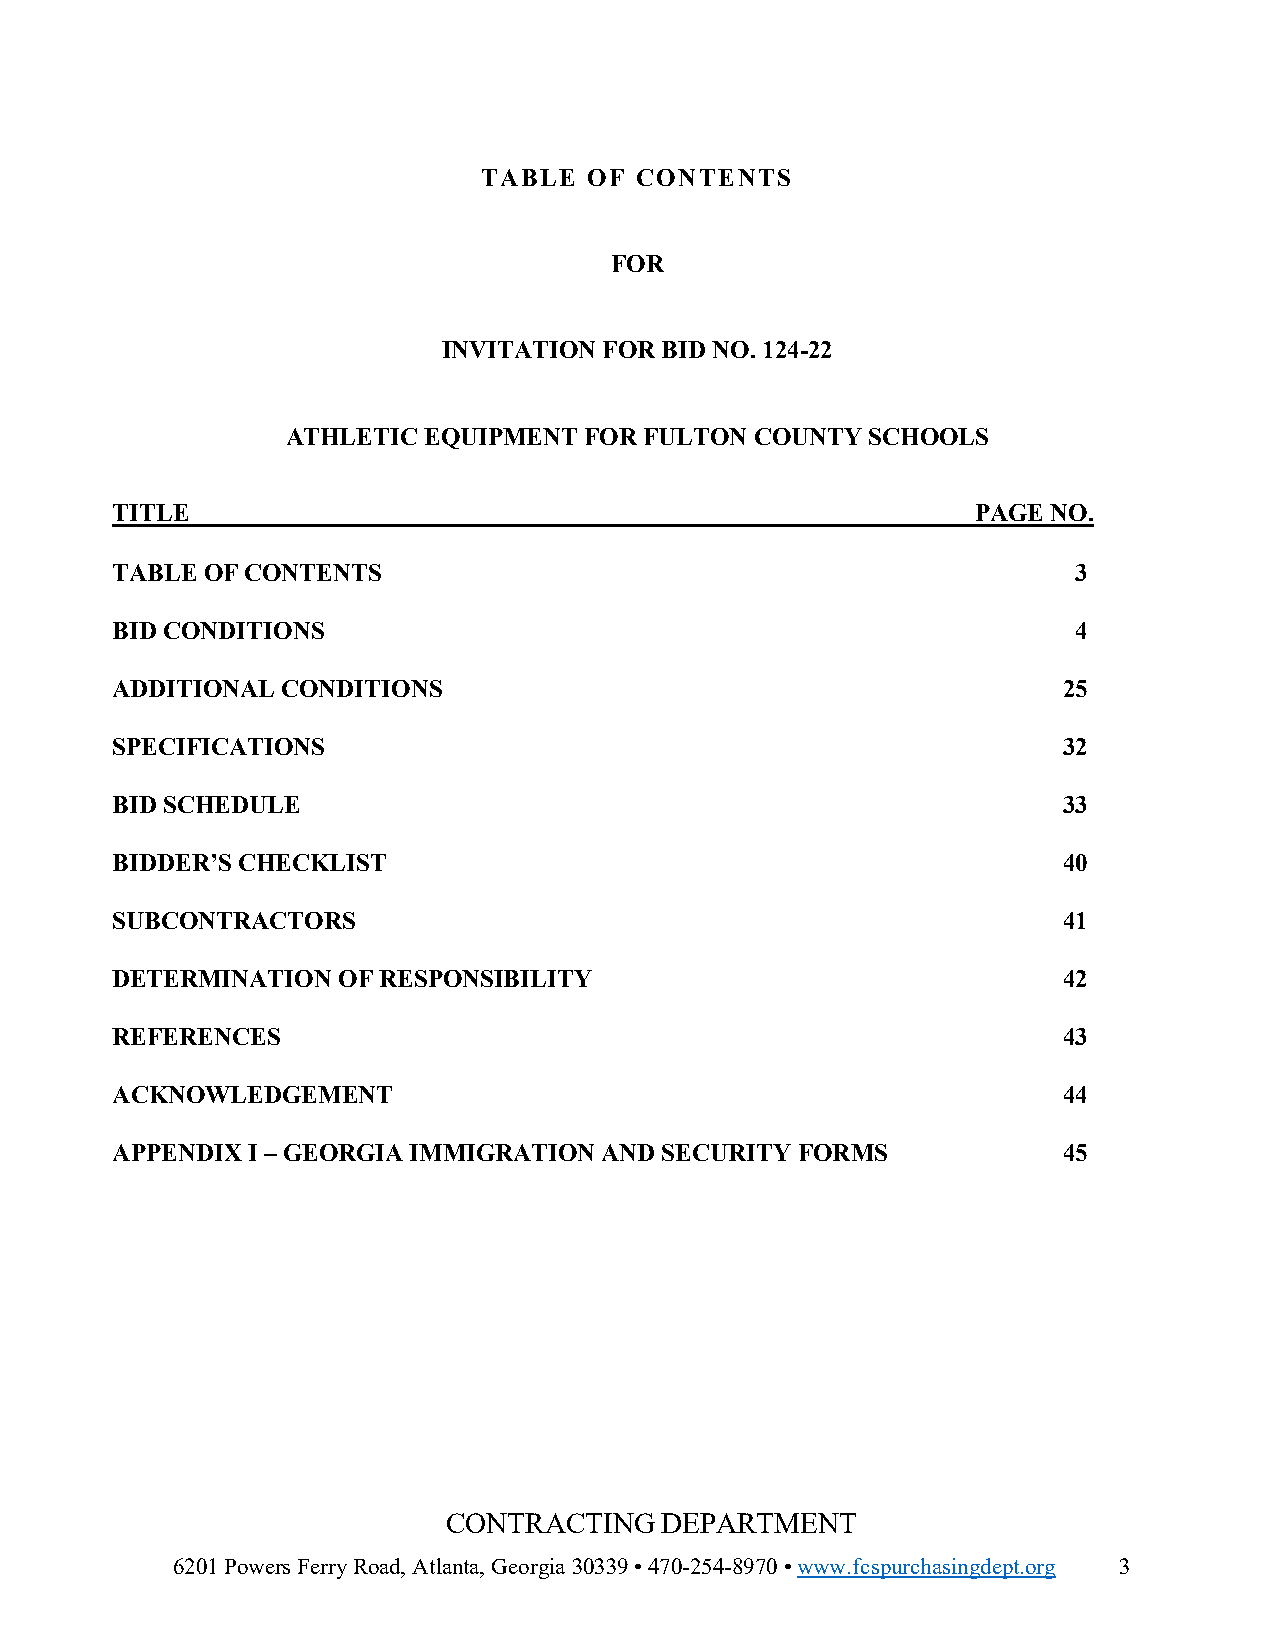
TABLE  OF CONTENTS
 FOR
 INVITATION FOR BID NO. 124-22
 ATHLETIC EQUIPMENT  FOR FULTON COUNTY SCHOOLS
 TITLE                                                     PAGE NO.
 TABLE OF CONTENTS                                               3
 BID CONDITIONS                                                  4
 ADDITIONAL  CONDITIONS                                         25
 SPECIFICATIONS                                                 32
 BID SCHEDULE                                                   33
 BIDDER’S CHECKLIST                                             40
 SUBCONTRACTORS                                                 41
 DETERMINATION  OF RESPONSIBILITY                               42
 REFERENCES                                                     43
 ACKNOWLEDGEMENT                                                44
 APPENDIX I – GEORGIA IMMIGRATION AND SECURITY FORMS            45
 CONTRACTING   DEPARTMENT
 6201 Powers Ferry Road, Atlanta, Georgia 30339 • 470-254-8970 • www.fcspurchasingdept.org 3